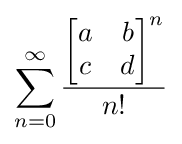
\sum _{n=0}^{\infty }{\frac {{\begin{bmatrix}a&b\\c&d\end{bmatrix}}^{n}}{n!}}